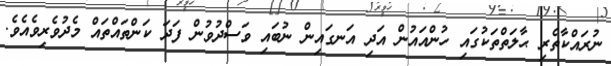
ނުރައްކާތެރި ޙާލަތްތަކުގައި ހުންއައުން އަދި އަނގައިން ނުބައި ވަސްދުވުން ފަދަ ކަންތައްތައް މެދުވެރިވެއެވެ.